Indian journal of veterinary science and animal husbandry - Volumes 18-21, 1948-1951
Year: 1948
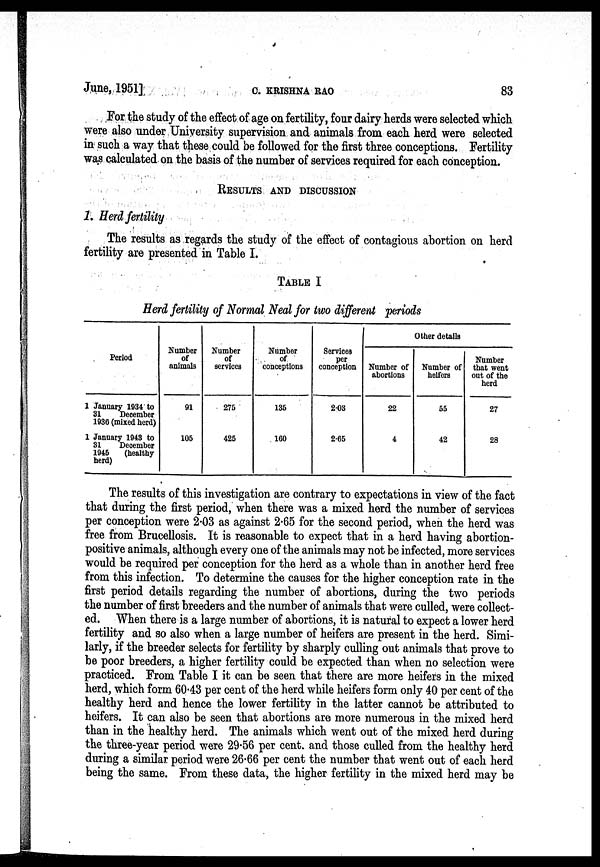
June, 1951]
C.
KRISHNA
RAO
83
For the study of the effect of age on fertility, four dairy herds were selected which
were also under University supervision and animals from each herd were selected
in such a way that these could be followed for the first three conceptions. Fertility
was calculated on the basis of the number of services required for each conception.
RESULTS AND DISCUSSION
1. Herd fertility
The results as regards the study of the effect of contagious abortion on herd
fertility are presented in Table I.
TABLE I
Herd fertility of Normal Neal for two different periods
Period
1 January 1934 to
31
December
1936 (mixed herd)
1 January 1943 to
31
December
1945
(healthy
herd)
Number
of
animals
91
105
Number
of
services
275
425
Number
of
conceptions
135
160
Services
per
conception
2.03
2.65
Other details
Number of
abortions
22
4
Number of
heifers
55
42
Number
that went
out of the
herd
27
28
The results of this investigation are contrary to expectations in view of the fact
that during the first period, when there was a mixed herd the number of services
per conception were 2.03 as against 2.65 for the second period, when the herd was
free from Brucellosis. It is reasonable to expect that in a herd having abortion-
positive animals, although every one of the animals may not be infected, more services
would be required per conception for the herd as a whole than in another herd free
from this infection. To determine the causes for the higher conception rate in the
first period details regarding the number of abortions, during the two periods
the number of first breeders and the number of animals that were culled, were collect-
ed. When there is a large number of abortions, it is natural to expect a lower herd
fertility and so also when a large number of heifers are present in the herd. Simi-
larly, if the breeder selects for fertility by sharply culling out animals that prove to
be poor breeders, a higher fertility could be expected than when no selection were
practiced. From Table I it can be seen that there are more heifers in the mixed
herd, which form 60.43 per cent of the herd while heifers form only 40 per cent of the
healthy herd and hence the lower fertility in the latter cannot be attributed to
heifers. It can also be seen that abortions are more numerous in the mixed herd
than in the healthy herd. The animals which went out of the mixed herd during
the three-year period were 29.56 per cent. and those culled from the healthy herd
during a similar period were 26.66 per cent the number that went out of each herd
being the same. From these data, the higher fertility in the mixed herd may be